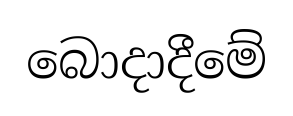
බොදාදීමේ